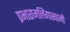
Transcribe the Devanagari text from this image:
प्रभारामलिंगास्वामी